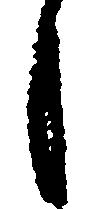
月